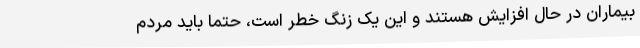
بیماران در حال افزایش‌ هستند و این یک زنگ خطر است، حتما باید مردم